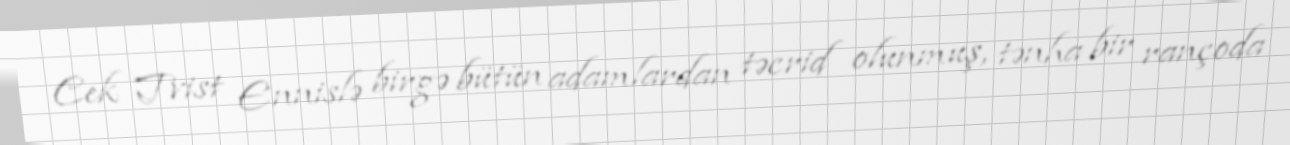
Cek Tvist Ennislə birgə bütün adamlardan təcrid olunmuş, tənha bir rançoda